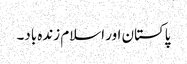
پاکستان اور اسلام زندہ باد۔